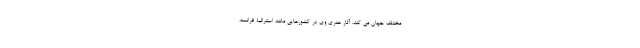
مختلف جهان می کند. آثار هنری وی در کشورهایی مانند استرالیا، فرانسه،